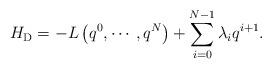
LaTeX: \begin{align*}H_{{\rm D}} = - L \left( q^{0}, \cdots , q^{N} \right) +\sum_{i=0}^{N-1} \lambda _{i}q^{i+1} .\end{align*}